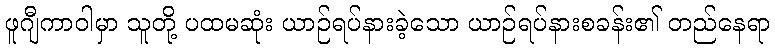
ဖူဂျီကာဝါမှာ သူတို့ ပထမဆုံး ယာဉ်ရပ်နားခဲ့သော ယာဉ်ရပ်နားစခန်း၏ တည်နေရာ